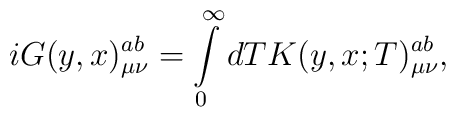
iG(y,x)_{\mu \nu }^{ab}  = \int\limits_0^\infty  {dTK(y,x;T)_{\mu \nu }^{ab} },